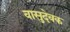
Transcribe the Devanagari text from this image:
वासुदेवक